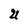
Character: U